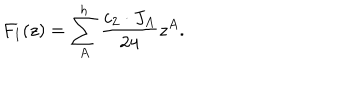
LaTeX: F _ { 1 } ( z ) = \sum _ { A } ^ { h } { \frac { c _ { 2 } \cdot J _ { A } } { 2 4 } } z ^ { A } .